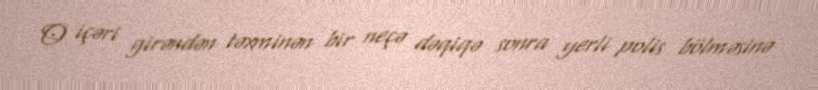
O içəri girəndən təxminən bir neçə dəqiqə sonra yerli polis bölməsinə